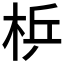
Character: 𱣓